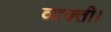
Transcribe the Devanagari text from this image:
व्यक्ती।